system: You are a helpful assistant.
user:
Analyze the provided spectrum to determine if it is a **White Dwarf (WD)**.

A White Dwarf spectrum is defined by its **extreme purity** (due to gravitational settling) and/or **extreme pressure broadening** (due to high surface gravity). You must check for one of the following mutually exclusive signatures:

- **Key Visual Indicators (Check for ONE of these types):**

    - **1. DA-Type Signature (Most Common):**
        - **(Primary Feature):** Extreme pressure broadening (Stark broadening) of the **Hydrogen (H) Balmer lines**.
        - **(Key Lines):** $H\beta$ (approx. $4861$ Å) and $H\gamma$ (approx. $4340$ Å). $H\alpha$ (approx. $6563$ Å) will also be present if the wavelength range covers it.
        - **(Line Profile):** This is the **defining feature**. The lines are **NOT** sharp. They appear as massive, **extremely broad and deep "troughs" or "dips"** in the spectrum, often hundreds of Ångströms wide. The continuum will appear to "scoop" down at these wavelengths.
        - **(Distinction):** Normal A-type or B-type stars have *narrow* and *sharp* Hydrogen lines. A DA White Dwarf's lines are unmistakably "smeared" or "blurry" from pressure.

    - **2. DB-Type Signature:**
        - **(Primary Feature):** Broad absorption lines from **Neutral Helium (He I)**. The spectrum must lack any visible Hydrogen lines.
        - **(Key Lines):** Look for broad absorption near $4471$ Å, $4921$ Å, and $5876$ Å.
        - **(Line Profile):** These lines are also significantly pressure-broadened, appearing much wider than they would in a normal B-type main-sequence star.

    - **3. DC-Type Signature:**
        - **(Primary Feature):** A **featureless continuous spectrum**.
        - **(Line Profile):** The spectrum is a smooth curve with **no significant absorption or emission lines**.
        - **(Key Confirmation):** The continuum is almost always **blue or white**, indicating a hot object. This signature implies the atmosphere is so pure (or so cool) that no spectral lines are visible in the optical range. Its WD identity is confirmed by its extremely low intrinsic brightness (high absolute magnitude).

    - **4. DZ-Type Signature (Metal-Polluted):**
        - **(Primary Feature):** **Isolated, narrow metal absorption lines** on an otherwise featureless (DC-like) continuum.
        - **(Key Lines):** The **Calcium (Ca II) H & K doublet** (approx. **$3934$ Å** and **$3968$ Å**) is the most common and defining feature.
        - **(Line Profile):** These lines are "out of place." They are *not* part of a "forest" of thousands of lines. This signature is evidence of recent *accretion* (pollution) from rocky debris.
        - **(Distinction):** Normal G/K/M stars have a *dense forest* of thousands of metal lines. A DZ has a *clean* continuum with *only a few* strong metal lines.

    - **5. DQ-Type Signature (Carbon-Polluted):**
        - **(Primary Feature):** Absorption bands from **Carbon (C₂ "Swan Bands" or atomic C I)**.
        - **(Key Lines - C₂):** Look for bandheads with a "saw-tooth" shape near $5635$ Å, **$5165$ Å** (strongest), and $4737$ Å.
        - **(Key Confirmation):** The underlying **continuum must be blue or white** (hot).
        - **(Distinction):** This is the critical difference from a **Carbon Star**, which has the *exact same* C₂ bands but on an extremely **red, cool** continuum.

- **(Overall Spectrum):**
    - The continuum (overall shape) is typically **blue-sloping** (brighter in the blue than the red), as most white dwarfs are very hot.
    - The spectrum will look "pure" or "simple," dominated by only *one* of the five signatures listed above.

Think first, call **spectral_visualization_tool** if needed to examine features in detail, then provide your final answer. Your response must adhere to the following strict rules:
1.  **Overall Structure:** Your response must follow the format `<think>...</think> <tool_call>...</tool_call> (if a tool is used) <answer>...</answer>`.
2.  **Tool Usage Constraint:** You may only make **one** tool call per turn.
3.  **Final Answer Format:** In the `<answer>` tag, your conclusion must be inside a `\boxed{}` command (e.g., `\boxed{YES}` or `\boxed{NO}`), followed by your justification.

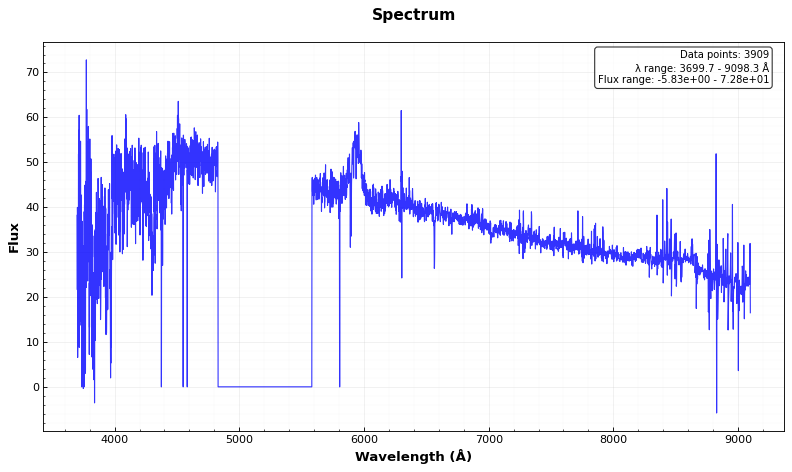
Answer: NO